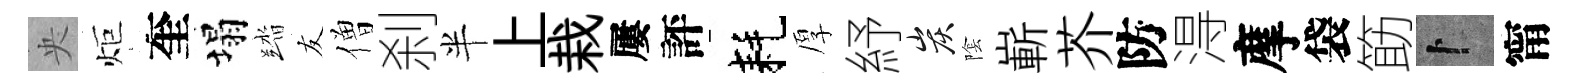
央炬奎塌踏友僧刹半上栽屢評耗厚紓炭隂嶄芥防淂摩袋筯卜甯